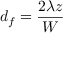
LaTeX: d _ { f } = { \frac { 2 \lambda z } { W } }